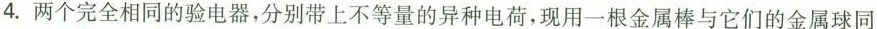
4.两个完全相同的验电器，分别带上不等量的异种电荷，现用一根金属棒与它们的金属球同